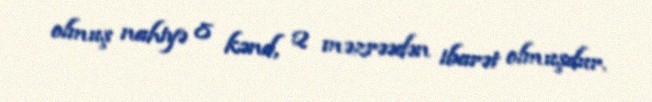
olmuş nahiyə 8 kənd, 2 məzrəədən ibarət olmuşdur.